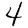
Digit: 4